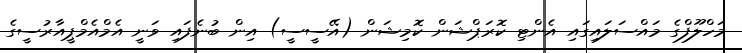
މަހްލޫފްގެ މައްސަލައިގައި އެންޓި ކޮރަޕްޝަން ކޮމިޝަން (އޭސީސީ) އިން ބުނެފައި ވަނީ އެމްއެމްޕީއާރުސީގެ